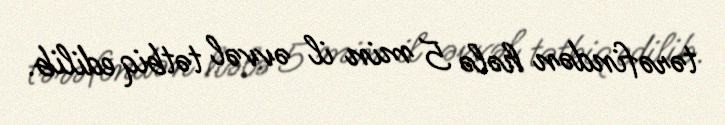
tərəfindən hələ 5 min il əvvəl tətbiq edilib.